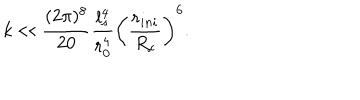
k \ll \frac { ( 2 \pi ) ^ { 8 } } { 2 0 } \frac { l _ { s } ^ { 4 } } { r _ { 0 } ^ { 4 } } \left( \frac { r _ { i n i } } { R _ { c } } \right) ^ { 6 } .